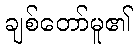
ချစ်တော်မူ၏